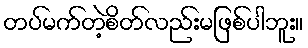
တပ်မက်တဲ့စိတ်လည်းမဖြစ်ပါဘူး။